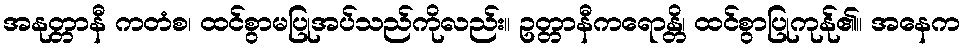
အနုတ္တာနီ ကတံစ၊ ထင်စွာမပြုအပ်သည်ကိုလည်း။ ဥတ္တာနီကရောန္တိ၊ ထင်စွာပြုကုန်ု၏။ အနေက